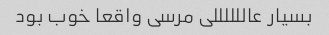
بسیار عاللللللی مرسی واقعا خوب بود